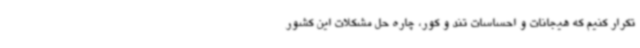
تکرار کنیم که هیجانات و احساسات تند و کور، چاره حل مشکلات این کشور